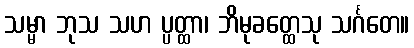
သမ္မာ ဘုသ သဟ ပ္ပတ္ထာ၊ ဘိမုခတ္ထေသု သင်္ဂတေ။